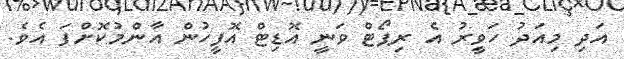
އަދި މިއަދު ހަވީރު އެ ރިޕޯޓް ވަނީ އޮޑިޓް އޮފީހުން އާންމުކޮށްފަ އެވެ.